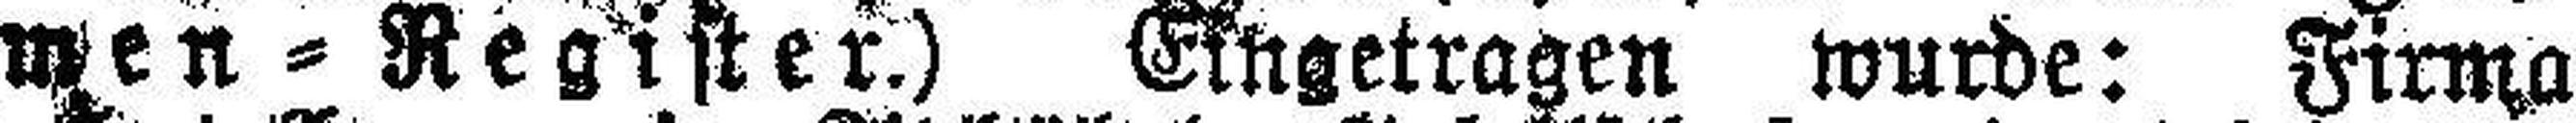
men = Register.) Eingetragen wurde: Firma